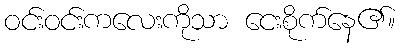
ဝင်းဝင်းကလေးကိုသာ ငေးစိုက်နေ၏။